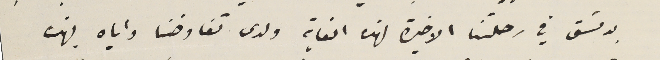
بدمشق في رحلتنا الاخيرة لهذه الغاية ولدى تفاوضنا واياه بهذه